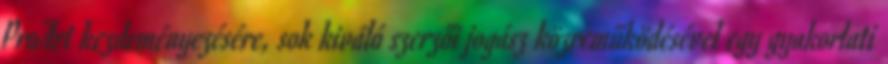
ProArt kezdeményezésére, sok kiváló szerzői jogász közreműködésével egy gyakorlati